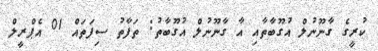
ކުރީގެ ގާނޫނުލް އުގޫބާތާއި އާ ގާނޫނުލް އުގޫބާތު: ތަފާތު ސިފަތައް 01 އެޕްރީލް